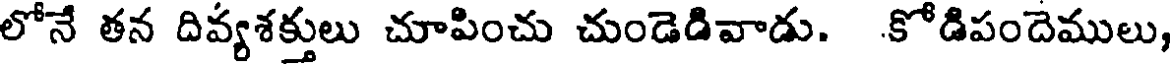
లోనే తన దివ్యశక్తులు చూపించు చుండెడివాడు. కోడిపందెములు,